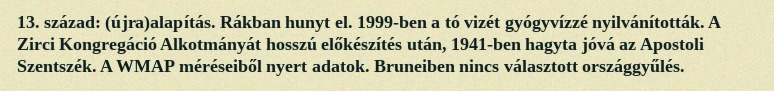
13. század: (újra)alapítás. Rákban hunyt el. 1999-ben a tó vizét gyógyvízzé nyilvánították. A Zirci Kongregáció Alkotmányát hosszú előkészítés után, 1941-ben hagyta jóvá az Apostoli Szentszék. A WMAP méréseiből nyert adatok. Bruneiben nincs választott országgyűlés.